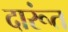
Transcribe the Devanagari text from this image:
दारूंत